Annual report of the Madras Medical College
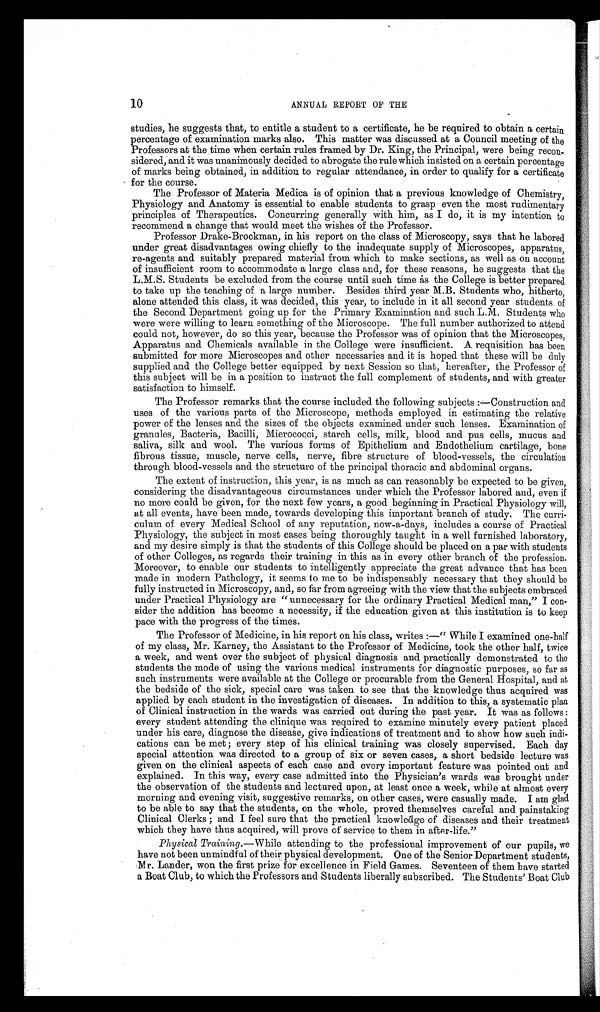
10
ANNUAL REPORT OF THE
studies, he suggests that, to entitle a student to a certificate, he be required to obtain a certain
percentage of examination marks also. This matter was discussed at a Council meeting of the
Professors at the time when certain rules framed by Dr. King, the Principal, were being recon-
sidered, and it was unanimously decided to abrogate the rule which insisted on a certain percentage
. 41
of marks being obtained, in addition to regular attendance, in order to qualify for a certificate
for the course.
The Professor of Materia Medica is of opinion that a previous knowledge of Chemistry,
Physiology and Anatomy is essential to enable students to grasp even the most rudimentary
principles of Therapeutics. Concurring generally with him, as I do, it is my intention
to recommend a change that would meet the wishes of the Professor recommend a change that would meet the wishes of the Professor.
Professor Drake-Brockman, in his report on the class of Microscopy, says that he labored
under great disadvantages owing chiefly to the inadequate supply of Microscopes, apparatus,
re-agents and suitably prepared material from which to make sections, as well as on account
of insufficient room to accommodate a large class and, for these reasons, he suggests that the
L.M.S. Students be excluded from the course until such time as the College is better prepared
to take up the teaching of a large number. Besides third year M.B. Students who, hitherto,
alone attended this class, it was decided, this year, to include in it all second year students of
the Second Department going up for the Primary Examination and such L.M. Students who
were were willing to learn something of the Microscope. The full number authorized to attend
could not, however, do so this year, because the Professor was of opinion that the Microscopes,
Apparatus and Chemicals available in the College were insufficient. A requisition has been
submitted for more Microscopes and other necessaries and it is hoped that these will be duly
supplied and the College better equipped by next Session so that, hereafter, the Professor of
this subject will be in a position to instruct the full complement of students, and with greater
satisfaction to himself.
The Professor remarks that the course included the following subjects :—Construction and
uses of the various parts of the Microscope, methods employed in estimating the relative
power of the lenses and the sizes of the objects examined under such lenses. Examination of
granules, Bacteria, Bacilli, Mierococci, starch cells, milk, blood and pus cells, mucus and
saliva, silk and wool. The various forms of Epithelium and Endothelium cartilage, bone
fibrous tissue, muscle, nerve cells, nerve, fibre structure of blood-vessels, the circulation
through blood-vessels and the structure of the principal thoracic and abdominal organs.
The extent of instruction, this year, is as much as can reasonably be expected to be given,
considering the disadvantageous circumstances under which the Professor labored and, even if
no more could be given, for the next few years, a good beginning in Practical Physiology will,
at all events, have been made, towards developing this important branch of study. The curri-
- c u l u m o f e v e r y M e d i c a l S c h o o l o f a n y r e p u t a t i o n , n o w - a - d a y s , i n c l u d e s a c o u r s e o f P r a c t i c a l
Physiology, the subject in most cases being thoroughly taught in a well furnished laboratory,
and my desire simply is that the students of this College should be placed on a par with students
of other Colleges, as regards their training in this as in every other branch of the profession.
Moreover, to enable our students to intelligently appreciate the great advance that has been
made in modern Pathology, it seems to me to be indispensably necessary that they should be
fully instructed in Microscopy, and, so far from agreeing with the view that the subjects embraced
under Practical Physiology are " unnecessary for the ordinary Practical Medical man," I con-
sider the addition has become a necessity, if the education given at this institution is to keep
pace with the progress of the times.
The Professor of Medicine, in his report on his class, writes :—" While I examined one-half
of my class, Mr. Karney, the Assistant to the Professor of Medicine, took the other half, twice
a week, and went over the subject of physical diagnosis and practically demonstrated to the
students the mode of using the various medical instruments for diagnostic purposes, so far as
such instruments were available at the College or procurable from the General Hospital, and at
the bedside of the sick, special care was taken to see that the knowledge thus acquired was
applied by each student in the investigation of diseases. In addition to this, a systematic plan
of Clinical instruction in the wards was carried out during the past year. It was as follows :
every student attending the clinique was required to examine minutely every patient placed
under his care, diagnose the disease, give indications of treatment and to show how such indi-
cations can be met ; every step of his clinical training was closely supervised. Each day
special attention was directed to a group of six or seven cases, a short bedside lecture was
given on the clinical aspects of each case and every important feature was pointed out and
explained. In this way, every case admitted into the Physician's wards was brought under
the observation of the students and lectured upon, at least once a week, while at almost every
morning and evening visit, suggestive remarks, on other cases, were casually made. I am glad
to be able to say that the students, on the whole, proved themselves careful and painstaking
Clinical Clerks ; and I feel sure that the practical knowledge of diseases and their treatment
which they have thus acquired, will prove of service to them in after-life."
Physical Training.—While attending to the professional improvement of our pupils, we
have not been unmindful of their physical development. One of the Senior Department students,
Lander, won the first prize for excellence in Field Games. Seventeen of them have started
a Boat Club, to which the Professors and Students liberally subscribed. The Students' Boat Club